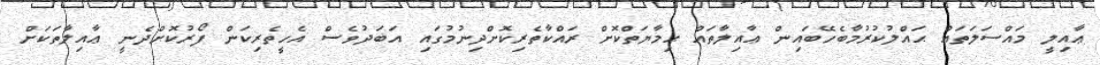
ޢާއިލީ މައްސަލަތައް ޙައްލުކުރުމާބެހޭބައިން ޢާއިލާތައް ޙިމާޔަތްކޮށް ރައްކާތެރިކޮށްދިނުމުގައި އަބަދުވެސް އެހީތެރިކަން ފޯރުކޮށްދެނީީ ޢާއިލާތަކަށް